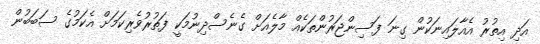
އަދި އިތުރު އެއާލައިނަކުން ގިނަ ފަސިންޖަރުންތަކެއް މާލެއަށް ގެނެސްދިނުމަކީ ފަތުރުވެރިކަމަށް އެކަމުގެ ސަބަބުން